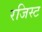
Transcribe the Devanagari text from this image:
रजिस्ट